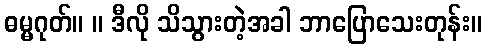
ဓမ္မဂုတ်။ ။ ဒီလို သိသွားတဲ့အခါ ဘာပြောသေးတုန်း။